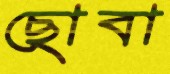
ছোবা